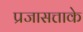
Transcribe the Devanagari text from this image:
प्रजासत्ताके